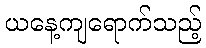
ယနေ့ကျရောက်သည့်